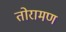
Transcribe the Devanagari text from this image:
तोरामण